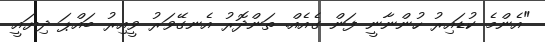
"އެންމެ ކުޑައިރު ހުންނާނީ ފަން ގެއެއް. ތަންދޮރު އެނގޭވަރު ވީއިރު ބައްޕަ ދިޔައީ